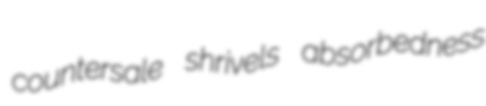
countersale shrivels absorbedness